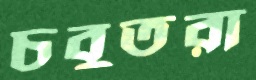
চবুতরা